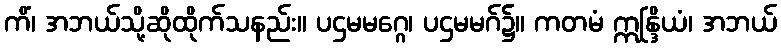
ကိံ၊ အဘယ်သို့ဆိုထိုက်သနည်း။ ပဌမမဂ္ဂေ၊ ပဌမမဂ်၌။ ကတမံ ဣန္ဒြိယံ၊ အဘယ်